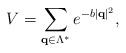
LaTeX: \begin{align*}V=\sum_{\mathbf{q}\in\Lambda^*}e^{-b|\mathbf{q}|^2},\end{align*}